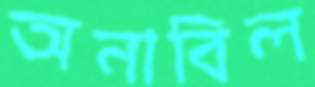
অনাবিল